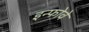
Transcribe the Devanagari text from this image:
इन्फोवे